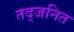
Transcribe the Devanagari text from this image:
तद्जनित